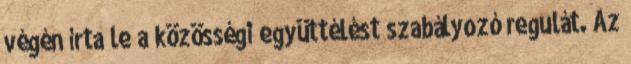
végén írta le a közösségi együttélést szabályozó regulát. Az